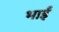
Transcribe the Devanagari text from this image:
भाईं